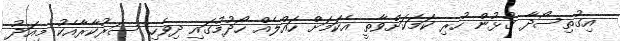
އިގުތިސޯދާ ގުޅުން ހުރި ކަމަކަށްވާތީ އެކަމަށް ހައްލެއް ހޯދުމުގައި ދިވެހި ސަރުކާރާއެކު މިއަދު